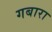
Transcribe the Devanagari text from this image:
गबारा